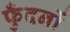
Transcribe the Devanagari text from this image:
फुँदनों